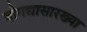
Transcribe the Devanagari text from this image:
बोगद्यासारख्या